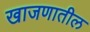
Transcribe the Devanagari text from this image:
खाजणातील